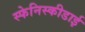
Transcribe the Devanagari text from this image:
स्फेनिस्कीडाई